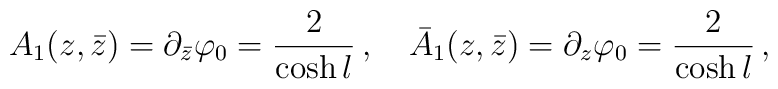
A_1(z,\bar{z})=\partial_{\bar{z}}\varphi_0=\frac{2}{\cosh{l}}\,,\quad\bar{A}_1(z,\bar{z})=\partial_{z}\varphi_0=\frac{2}{\cosh{l}}\,,